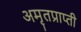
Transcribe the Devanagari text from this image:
अमृतप्राप्ती